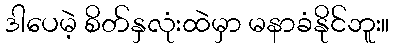
ဒါပေမဲ့ စိတ်နှလုံးထဲမှာ မနာခံနိုင်ဘူး။